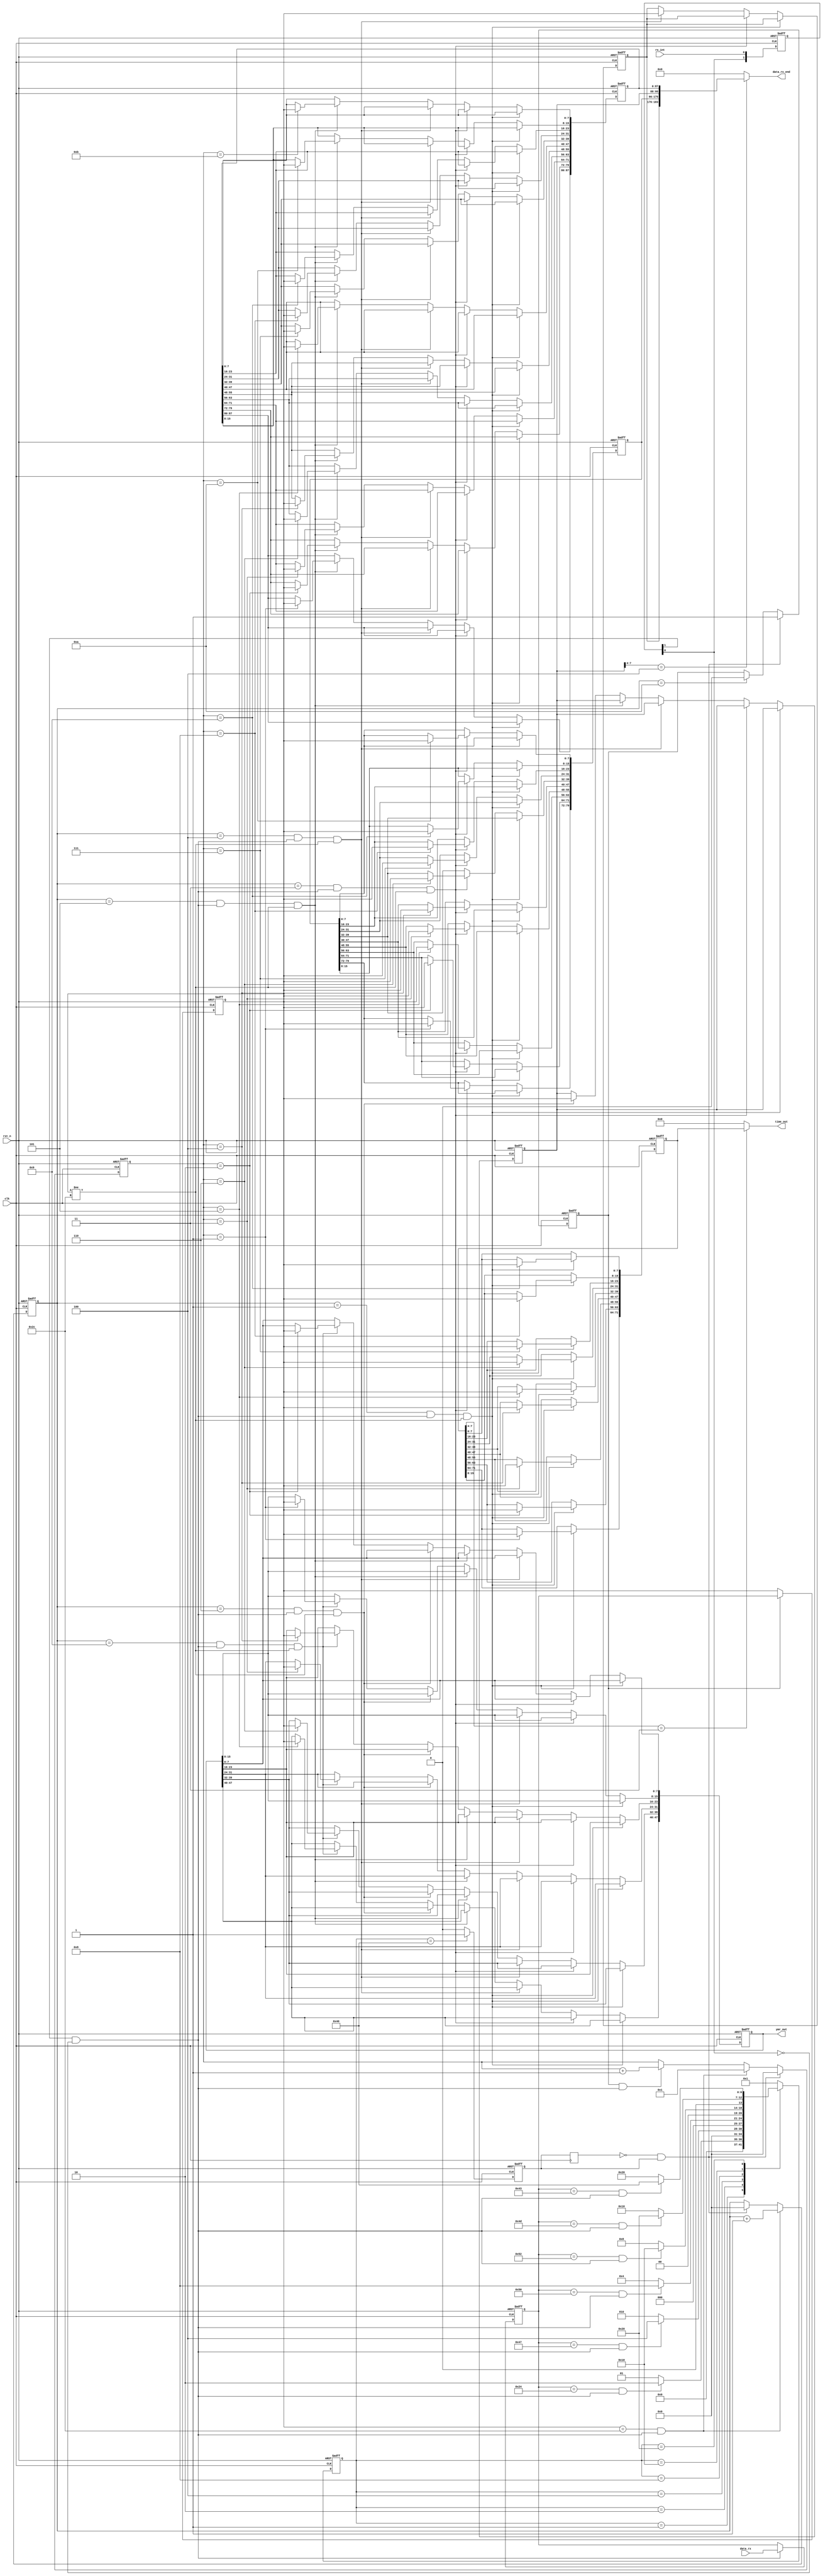
module gps_rx(
    input               clk,
    input               rst_n,
    input   [7:0]       data_rx,
	input				rx_int,//uart_rxuart_tx,uart_tx
	output  reg [183:0] data_rx_end,
	output [47:0] ymr_out,
	output reg [71:0]  time_out
);

//-------------------------------------------------------
//8	
	reg	[1:0]	rx_int_r;	
	always@(posedge	clk	or	negedge	rst_n)begin
		if(!rst_n)	begin
			rx_int_r[0]	<=	1'b0;
			rx_int_r[1]	<=	1'b0;
		end
		else	begin
			rx_int_r[0]	<=	rx_int;
			rx_int_r[1]	<=	rx_int_r[0];
		end
	end

	wire	nege_edge	= 	rx_int_r[1]	&	~rx_int_r[0];//


//---------------------------------------------------
	reg	[7:0]	data_rx_r;//data_rx	
//rx
	always@(posedge	clk	or	negedge	rst_n)begin
		if(!rst_n)	begin
			data_rx_r <= 8'd0;
		end
		else	if(nege_edge)begin
			data_rx_r <= data_rx;
		end
	end

reg         detected_o;
parameter length = 7; //

parameter [length-1 : 0]                         //one-hot code
                S_IDLE   = 7'b0000001,
                S_State1 = 7'b0000010,
                S_State2 = 7'b0000100,
                S_State3 = 7'b0001000,
                S_State4 = 7'b0010000,
				S_State5 = 7'b0100000,
				S_State6 = 7'b1000000;

reg [length-1 : 0] c_state;
reg [length-1 : 0] n_state;
//
always @(posedge clk or negedge rst_n) begin
    if (!rst_n) begin
        c_state <= S_IDLE; // reset        
    end
    else begin
        c_state <= n_state; //next state logic
    end
end

always @(*) begin   //state register
    case(c_state)
        S_IDLE   : 
          if (data_rx_r == 8'h24 && nege_edge)//$
            n_state = S_State1;
          else 
            n_state = S_IDLE;
        S_State1 :
          if (data_rx_r == 8'h47 && nege_edge)//G
            n_state = S_State2;
          else 
            n_state = S_State1;
        S_State2 :
          if (data_rx_r == 8'h50  && nege_edge)//P
            n_state = S_State3;
          else  
            n_state = S_State2;
        S_State3 :
          if (data_rx_r == 8'h52 && nege_edge)//R
            n_state = S_State4;
          else 
            n_state = S_State3;
        S_State4 :
          if (data_rx_r == 8'h4D && nege_edge)//M
            n_state = S_State5;
          else 
            n_state = S_State4; 
		S_State5 :
          if (data_rx_r == 8'h43 && nege_edge)//C
            n_state = S_State6;
          else 
            n_state = S_State5;
		S_State6 :
		  if (data_rx_r && nege_edge)
            n_state = S_IDLE;
          else 
            n_state = S_IDLE;
        default :
            n_state = S_IDLE;
    endcase 
end
//4$GPRMCRecommended Minimum Specific GPS/Transit Data $GPRMC $GPRMC,(1),(2),(3),(4),(5),(6),(7),(8),(9),(10),(11),(12)*hh(CR)(LF) (1) UTChhmmss (2) A=V= (3) ddmm.mmmmm (4) NS (5) dddmm.mmmmm (6) EW (7) 000.0~999.9 (8) 000.0~359.9 (9) UTCddmmyy (10)000.0~180.00 (11) EW (12) A=D=E=N=   $GPRMC,023543.00,A,2308.28715,N,11322.09875,E,0.195,,240213,,,A*78 
 

//output logic
always @ (posedge clk or negedge rst_n) begin   
	if(!rst_n) begin
		detected_o <= 1'b0;
		end
	else if( c_state == S_State6) begin
		detected_o <= 1'b1;
		end
	else begin
		detected_o <= 1'b0;
		end
	end
	
///
	reg [3:0] num; //
//	reg			a_flag;	//UTC
reg	start_reg;
reg timeout;
always@(posedge clk)
   start_reg <= detected_o;

reg [3:0] count;   
always@(posedge clk or negedge rst_n) begin
   if (!rst_n)
		timeout <= 0;
   else if(start_reg == 0 && detected_o ==1)
       timeout <= 1;
   else if(count == 4'd10)                 //count,
       timeout <= 0;
   else
       timeout <= timeout;
	end
/////	

	reg	[7:0]	data_pickup_r;//data_rx	
//rx
	always@(posedge	clk or negedge rst_n)begin
		if(!rst_n)	begin
			data_pickup_r <= 8'd0;
		end
		else if(timeout) begin
			data_pickup_r <= data_rx_r;               //$GPRMC
		end
	end

//	reg [3:0] count;
	always@(posedge clk or negedge rst_n)             //count  num
	begin
		if(!rst_n)
			count <= 0;
		else if(data_pickup_r==8'h2C && nege_edge)
			count <= count + 1;
		else if(start_reg == 0 && detected_o ==1)
			count <= 0;
		else
			count <= count;
	end

		//-------------------------------------------------------	
//
	always@(posedge	clk	or	negedge	rst_n)begin
		if(!rst_n)	num	<= 4'd0;
		else 	if(start_reg == 0 && detected_o ==1)	num <= 0;
		else	if(data_pickup_r==8'h2C&&nege_edge )	num <= 4'd1;
		else	if(timeout&&nege_edge)						num <= num + 1'b1;
		else	num <= num;
	end


	//-----------------------------------------------------
//	
	reg	[79:0]	Latitude ;    //
	reg	[87:0]	longitude ;   //
	reg	[71:0]	UTC_time ;   //UTC
	reg [47:0]	ddmmyy;
	reg [7:0] E_flag;
	reg [7:0] N_flag;
	always@(posedge	clk	or	negedge	rst_n)begin
		if(!rst_n)	begin
			Latitude <= 0;						
			longitude <= 0;						
			UTC_time <= 0;	
			ddmmyy <= 0;
			E_flag <= 0;
			N_flag <= 0;
		end                                                           //$GPRMC,023543.00,A,2308.28715,N,11322.09875,E,0.195,,240213,,,A*78 
		else if(count == 4'd1&&nege_edge&& data_pickup_r!=8'h2C )begin              //
			case(num)	
				4'd1:	UTC_time[71:64] <= data_pickup_r;                      // 134104.00 134104[3133343130342e3030]
				4'd2:	UTC_time[63:56] <= data_pickup_r;
				4'd3:	UTC_time[55:48] <= data_pickup_r;
				4'd4:	UTC_time[47:40] <= data_pickup_r;
				4'd5:   UTC_time[39:32] <= data_pickup_r;
				4'd6: 	UTC_time[31:24] <= data_pickup_r;
				4'd7:	UTC_time[23:16] <= data_pickup_r;  //
				4'd8:	UTC_time[15:8]  <= data_pickup_r;
				4'd9:	UTC_time[7:0]   <= data_pickup_r;
			default:;	
			endcase
		end
		else if(count == 4'd3&&nege_edge&& data_pickup_r!=8'h2C)begin             //
			case(num)
			4'd1:	Latitude[79:72] <= data_pickup_r;//  3             3409.22851  [33342e30393232383531] 9.22851/60  34.1538085
			4'd2:	Latitude[71:64] <= data_pickup_r;//	4
			4'd5:	Latitude[63:56] <= data_pickup_r;//.
			4'd3:	Latitude[55:48] <= data_pickup_r;//0
			4'd4:   Latitude[47:40] <= data_pickup_r;//9
			4'd6:	Latitude[39:32] <= data_pickup_r;//
			4'd7:	Latitude[31:24] <= data_pickup_r;//
			4'd8: 	Latitude[23:16] <= data_pickup_r;//
			4'd9:	Latitude[15:8] <= data_pickup_r;//
			4'd10:	Latitude[7:0]  <= data_pickup_r;//
			default:;
			endcase
		end
		else if(count == 4'd4&&nege_edge&& data_pickup_r!=8'h2C)begin
			N_flag[7:0]  <= data_pickup_r;//N
			end
		else if(count == 4'd5&&nege_edge&& data_pickup_r!=8'h2C)begin      //
			case(num)
			4'd1:	longitude[87:80] <= data_pickup_r;//1            10853.63286 [3130382e35333633323836]
			4'd2:	longitude[79:72] <= data_pickup_r;//0
			4'd3:	longitude[71:64] <= data_pickup_r;//8
			4'd6:	longitude[63:56] <= data_pickup_r;//.
			4'd4:   longitude[55:48] <= data_pickup_r;//5
			4'd5:	longitude[47:40] <= data_pickup_r;//3
			4'd7:	longitude[39:32] <= data_pickup_r;  
			4'd8:	longitude[31:24] <= data_pickup_r;   
			4'd9:	longitude[23:16] <= data_pickup_r;
			4'd10:	longitude[15:8]  <= data_pickup_r;
			4'd11:	longitude[7:0]   <= data_pickup_r;
			default:;
			endcase
		end	
		else if(count == 4'd6&&nege_edge&& data_pickup_r!=8'h2C)begin
			E_flag[7:0]  <= data_pickup_r;//E
			end
		else if(count == 4'd9&&nege_edge&& data_pickup_r!=8'h2C)begin
			case(num)                                                    //171019  191017 [313931303137]
			4'd5:	ddmmyy[47:40] <= data_pickup_r;
			4'd6:	ddmmyy[39:32] <= data_pickup_r;
			4'd3:	ddmmyy[31:24] <= data_pickup_r;
			4'd4:	ddmmyy[23:16] <= data_pickup_r;
			4'd1:	ddmmyy[15:8]  <= data_pickup_r;
			4'd2:	ddmmyy[7:0]   <= data_pickup_r;
			default:;
			endcase  
		end	
	end
	
	assign ymr_out = ddmmyy;
	always@(*)
	begin
		if(E_flag[7:4]==4'b0100)
		 data_rx_end ={N_flag,Latitude,E_flag,longitude};
		else data_rx_end=1'b0;
	end
	always@(*)
	begin
		if(UTC_time[7:4]==4'b0011)
		 time_out =UTC_time;
		else time_out=1'b0;
	end

endmodule